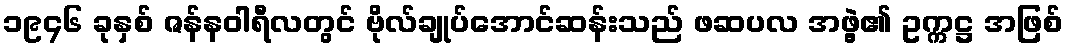
၁၉၄၆ ခုနှစ် ဇန်နဝါရီလတွင် ဗိုလ်ချုပ်အောင်ဆန်းသည် ဖဆပလ အဖွဲ့၏ ဥက္ကဋ္ဌ အဖြစ်